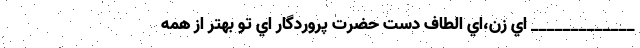
_____________ اي زن،‌اي الطاف دستِ حضرتِ پروردگار اي تو بهتر از همه